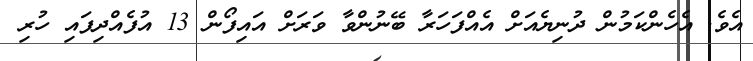
އެވެ. އެހެންކަމުން ދުނިޔެއަށް އެއްފަހަރާ ބޭނުންވާ ވަރަށް އައިފޯން 13 އުފެއްދިފައި ހުރި